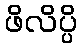
ဖိလိပ္ပိ